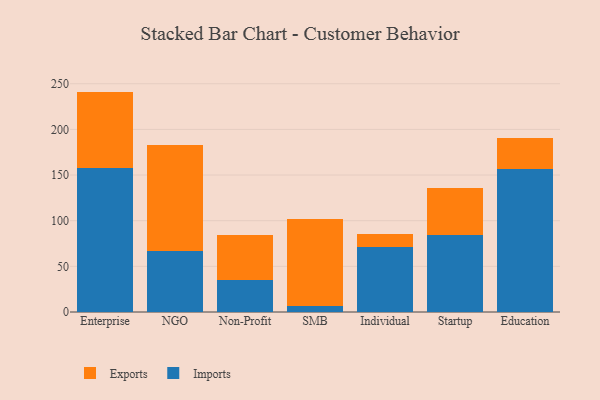
{"axis": {"x": "Segment", "y": "Revenue (USD Million)"}, "legend": ["Exports", "Imports"], "data": [{"x": "Enterprise", "y": 157.8, "type": "Imports"}, {"x": "Enterprise", "y": 83.6, "type": "Exports"}, {"x": "NGO", "y": 67.3, "type": "Imports"}, {"x": "NGO", "y": 116.0, "type": "Exports"}, {"x": "Non-Profit", "y": 35.4, "type": "Imports"}, {"x": "Non-Profit", "y": 49.4, "type": "Exports"}, {"x": "SMB", "y": 6.3, "type": "Imports"}, {"x": "SMB", "y": 95.6, "type": "Exports"}, {"x": "Individual", "y": 71.1, "type": "Imports"}, {"x": "Individual", "y": 14.7, "type": "Exports"}, {"x": "Startup", "y": 84.6, "type": "Imports"}, {"x": "Startup", "y": 51.7, "type": "Exports"}, {"x": "Education", "y": 156.7, "type": "Imports"}, {"x": "Education", "y": 34.4, "type": "Exports"}]}